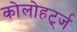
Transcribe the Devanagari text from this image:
कोलोहर्ट्ज